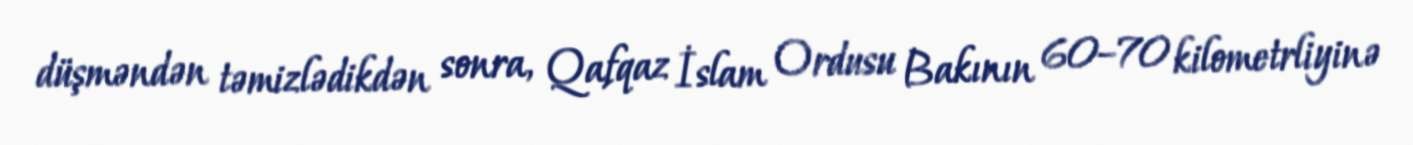
düşməndən təmizlədikdən sonra, Qafqaz İslam Ordusu Bakının 60–70 kilometrliyinə